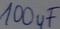
Text: 100uF